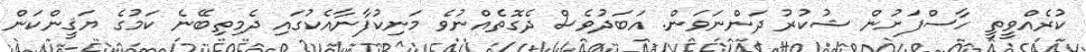
ކުރެއްވީތީ ހާސްފަށުން ޝުކުރު ދަންނަވަން. އަބަދުވެސް ދެގޮތެއްނުވެ މަނިކުފާނާއެކުގައި ދެމިތިބޭނެ ކަމުގެ ޔަޤީންކަން